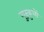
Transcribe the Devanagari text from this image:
गुरूकुलों